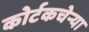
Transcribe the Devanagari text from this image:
कोर्टकचेर्‍या